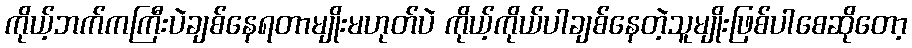
ကိုယ့်ဘက်ကကြီးပဲချစ်နေရတာမျိုးမဟုတ်ပဲ ကိုယ့်ကိုယ်ပါချစ်နေတဲ့သူမျိုးဖြစ်ပါစေဆိုတော့